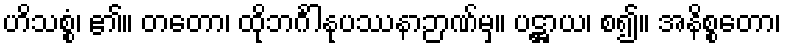
ဟိသစ္စံ၊ ၏။ တတော၊ ထိုဘင်္ဂါနုပဿနာဉာဏ်မှ။ ပဋ္ဌာယ၊ စ၍။ အနိစ္စတော၊